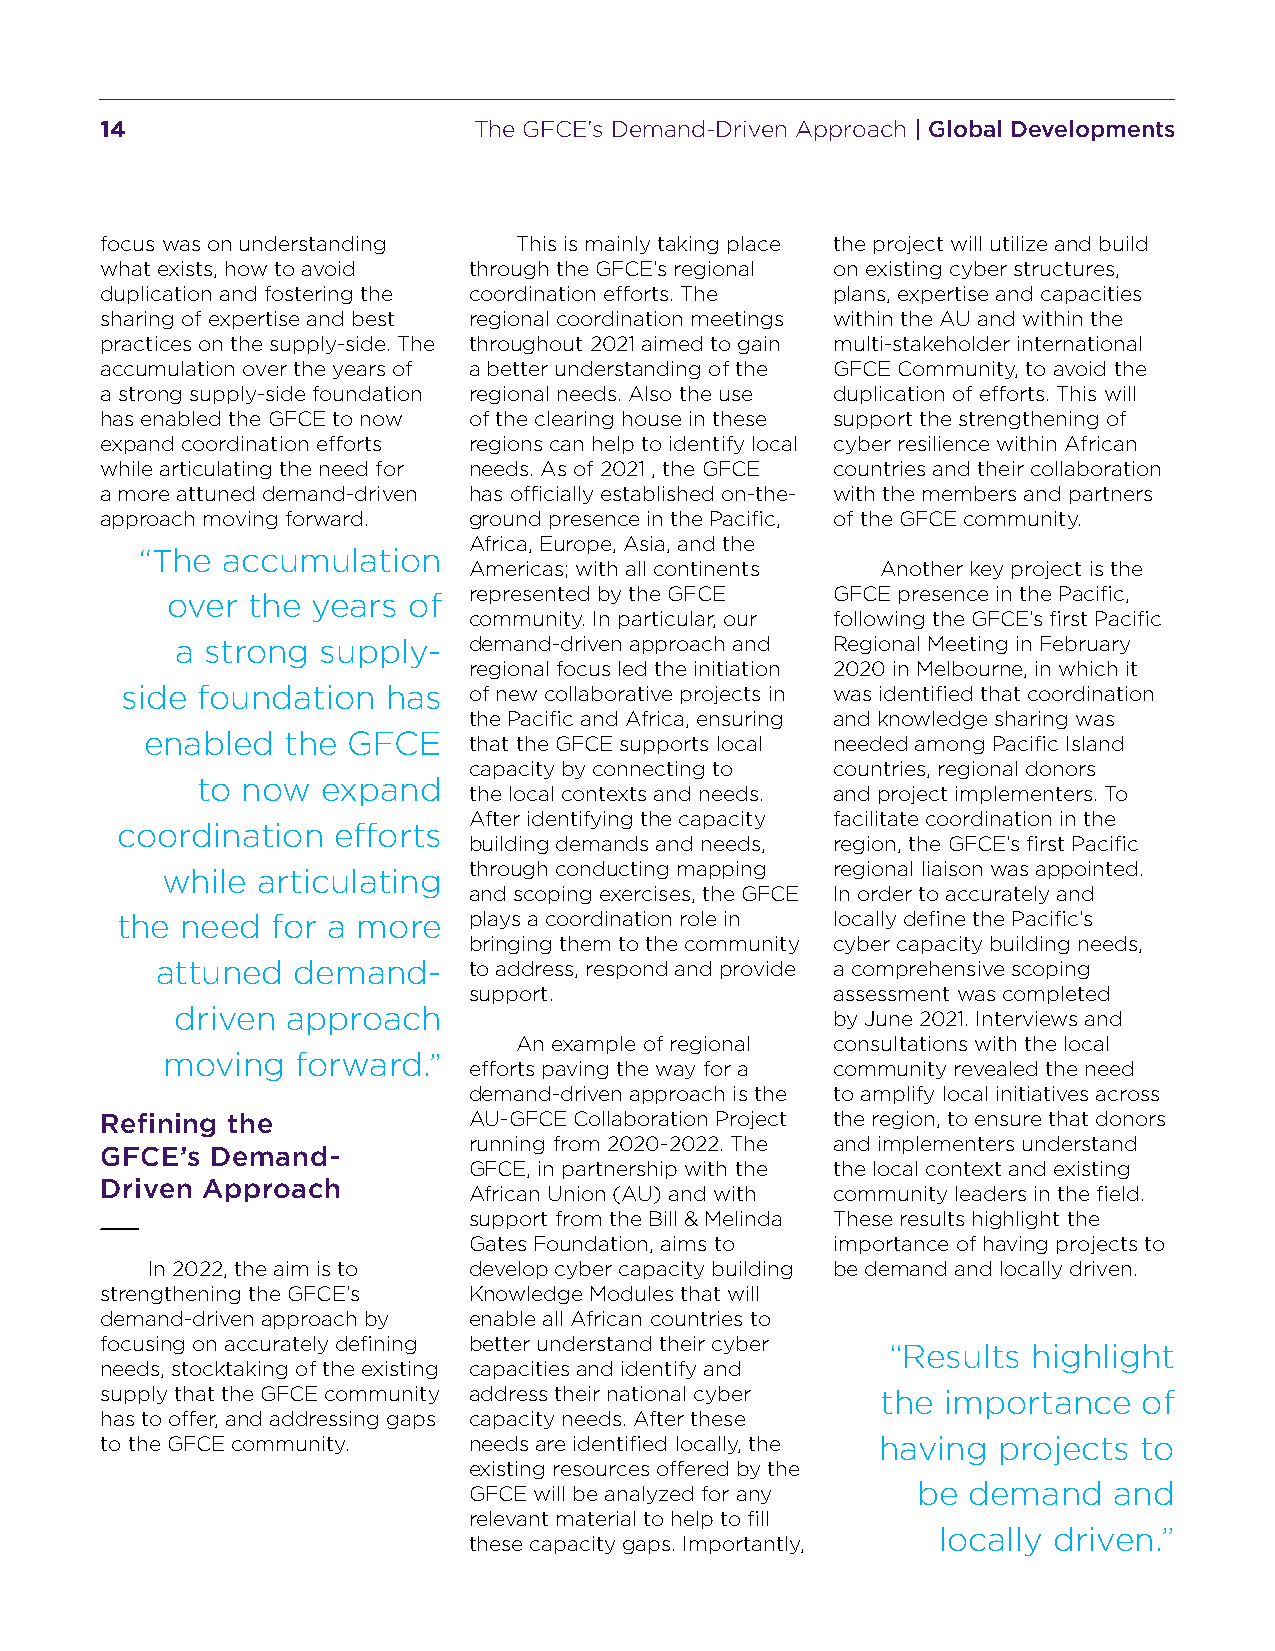
14                      The GFCE’s Demand-Driven Approach | Global Developments
 focus was on understanding This is mainly taking place the project will utilize and build
 what exists, how to avoid through the GFCE’s regional on existing cyber structures,
 duplication and fostering the coordination efforts. The plans, expertise and capacities
 sharing of expertise and best regional coordination meetings within the AU and within the
 practices on the supply-side. The throughout 2021 aimed to gain multi-stakeholder international
 accumulation over the years of a better understanding of the GFCE Community, to avoid the
 a strong supply-side foundation regional needs. Also the use duplication of efforts. This will
 has enabled the GFCE to now of the clearing house in these support the strengthening of
 expand coordination efforts regions can help to identify local cyber resilience within African
 while articulating the need for needs. As of 2021 , the GFCE countries and their collaboration
 a more attuned demand-driven has officially established on-the- with the members and partners
 approach moving forward. ground presence in the Pacific, of the GFCE community.
 Africa, Europe, Asia, and the
 “The  accumulation
 Americas; with all continents Another key project is the
 represented by the GFCE GFCE presence in the Pacific,
 over the  years of
 community. In particular, our following the GFCE’s first Pacific
 a strong supply-   demand-driven approach and Regional Meeting in February
 regional focus led the initiation 2020 in Melbourne, in which it
 side foundation   has  of new collaborative projects in was identified that coordination
 the Pacific and Africa, ensuring and knowledge sharing was
 enabled  the GFCE    that the GFCE supports local needed among Pacific Island
 capacity by connecting to countries, regional donors
 to now  expand
 the local contexts and needs. and project implementers. To
 After identifying the capacity facilitate coordination in the
 coordination  efforts
 building demands and needs, region, the GFCE’s first Pacific
 through conducting mapping regional liaison was appointed.
 while articulating
 and scoping exercises, the GFCE In order to accurately and
 the need  for a more   plays a coordination role in locally define the Pacific’s
 bringing them to the community cyber capacity building needs,
 attuned  demand-     to address, respond and provide a comprehensive scoping
 support.                assessment was completed
 driven approach                            by June 2021. Interviews and
 An example of regional consultations with the local
 moving   forward.”
 efforts paving the way for a community revealed the need
 demand-driven approach is the to amplify local initiatives across
 Refining the            AU-GFCE Collaboration Project the region, to ensure that donors
 running from 2020-2022. The and implementers understand
 GFCE’s Demand-
 GFCE, in partnership with the the local context and existing
 Driven Approach
 African Union (AU) and with community leaders in the field.
 support from the Bill & Melinda These results highlight the
 Gates Foundation, aims to importance of having projects to
 In 2022, the aim is to develop cyber capacity building be demand and locally driven.
 strengthening the GFCE’s Knowledge Modules that will
 demand-driven approach by enable all African countries to
 focusing on accurately defining better understand their cyber
 “Results highlight
 needs, stocktaking of the existing capacities and identify and
 supply that the GFCE community address their national cyber the importance of
 has to offer, and addressing gaps capacity needs. After these
 to the GFCE community.  needs are identified locally, the having projects to
 existing resources offered by the
 GFCE will be analyzed for any be demand    and
 relevant material to help to fill
 locally driven.”
 these capacity gaps. Importantly,